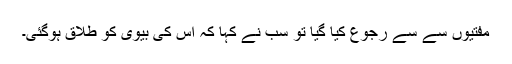
مفتیوں سے سے رجوع کیا گیا تو سب نے کہا کہ اُس کی بیوی کو طلاق ہوگئی۔